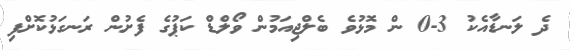
ދެ ލަނޑާއެކު 3-0 ން މޮޅުވެ ބެލްޖިއަމުން ވޯލްޑް ކަޕުގެ ފެށުން ރަނގަޅުކޮށްފި